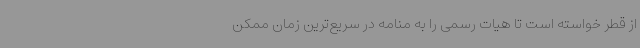
از قطر خواسته است تا هیات رسمی را به منامه در سریع‌ترین زمان ممکن